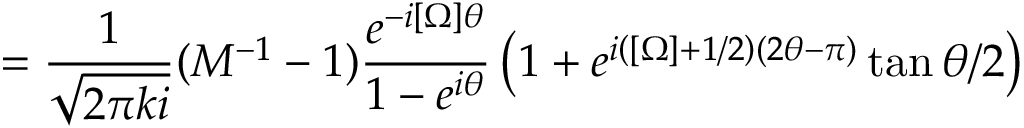
= \frac { 1 } { \sqrt { 2 \pi k i } } ( { \cal M } ^ { - 1 } - 1 ) \frac { e ^ { - i [ \Omega ] \theta } } { 1 - e ^ { i \theta } } \left( 1 + e ^ { i \left( [ \Omega ] + 1 / 2 \right) ( 2 \theta - \pi ) } \tan \theta / 2 \right)